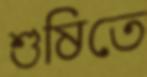
শুষিতে